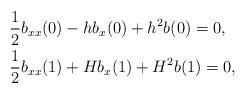
LaTeX: \begin{align*}& \frac12 b_{xx}(0)-hb_x(0)+h^2 b(0)= 0, \\& \frac12 b_{xx}(1)+H b_x(1)+H^2 b(1) = 0, \end{align*}